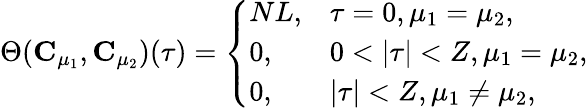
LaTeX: \begin{array}{r}{\Theta(\mathbf{C}_{\mu_{1}},\mathbf{C}_{\mu_{2}})(\tau)=\left\{ \begin{array}{ll}{NL,}&{\tau=0,\mu_{1}=\mu_{2},}\\ {0,}&{0<|\tau|<Z,\mu_{1}=\mu_{2},}\\ {0,}&{|\tau|<Z,\mu_{1}\neq\mu_{2},}\end{array}\right.}\end{array}